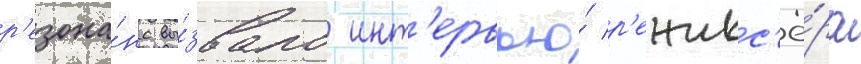
р'езона́нс вы́звало инт'ервью́ р'ежисс'ё́ра